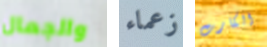
والجمال زعماء الكارت